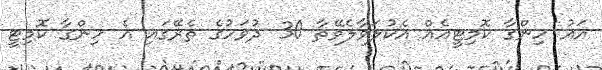
އައު ހިންގާ ކޮމިޓީއެއް އެކުލަވާލެވޭތާ 30 ދުވަހުގެ ތެރޭގައި އެ ހިންގާ ކޮމިޓީ